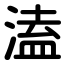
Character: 溘